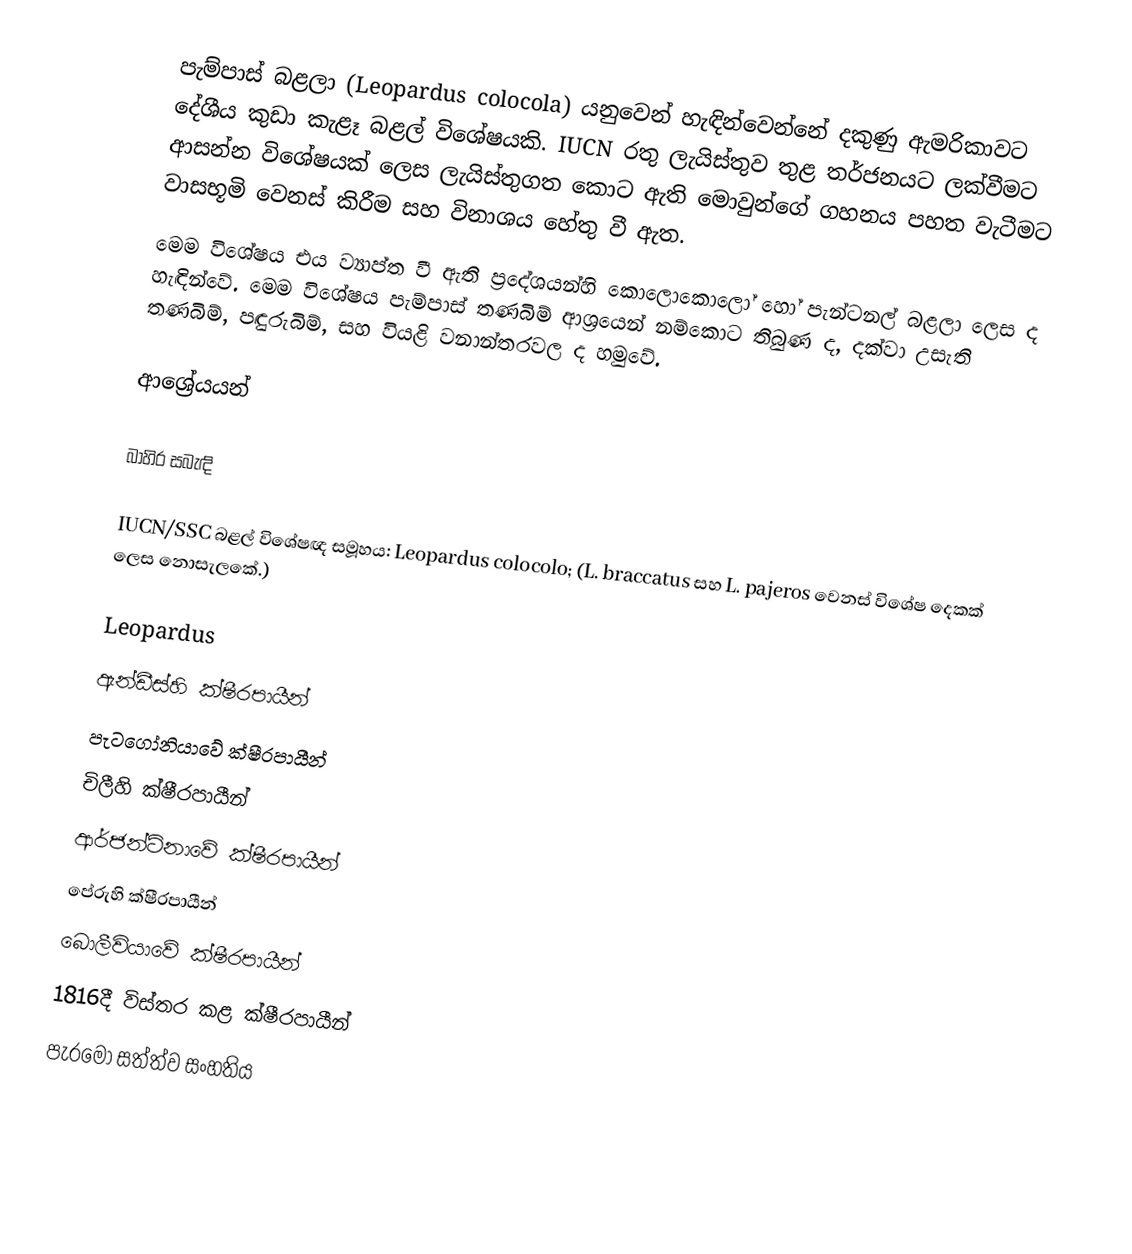
පැම්පාස් බළලා (Leopardus colocola) යනුවෙන් හැඳින්වෙන්නේ දකුණු ඇමරිකාවට දේශීය කුඩා කැළෑ බළල් විශේෂයකි. IUCN රතු ලැයිස්තුව තුළ තර්ජනයට ලක්වීමට ආසන්න විශේෂයක් ලෙස ලැයිස්තුගත කොට ඇති මොවුන්ගේ ගහනය පහත වැටීමට වාසභූමි වෙනස් කිරීම සහ විනාශය හේතු වී ඇත.
මෙම විශේෂය එය ව්‍යාප්ත වී ඇති ප්‍රදේශයන්හි කොලොකොලෝ හෝ පැන්ටනල් බළලා ලෙස ද හැඳින්වේ. මෙම විශේෂය පැම්පාස් තණබිම් ආශ්‍රයෙන් නම්කොට තිබුණ ද,  දක්වා උසැති තණබිම්, පඳුරුබිම්, සහ වියළි වනාන්තරවල ද හමුවේ.

ආශ්‍රේයයන්

බාහිර සබැඳි

 IUCN/SSC බළල් විශේෂඥ සමූහය: Leopardus colocolo;  (L. braccatus සහ L. pajeros වෙනස් විශේෂ දෙකක් ලෙස නොසැලකේ.)

Leopardus
ඇන්ඩීස්හි ක්ෂීරපායීන්
පැටගෝනියාවේ ක්ෂීරපායීන්
චිලීහි ක්ෂීරපායීන්
ආර්ජන්ටිනාවේ ක්ෂීරපායීන්
පේරුහි ක්ෂීරපායීන්
බොලීවියාවේ ක්ෂීරපායීන්
1816දී විස්තර කළ ක්ෂීරපායීන්
පැරමෝ සත්ත්ව සංහතිය